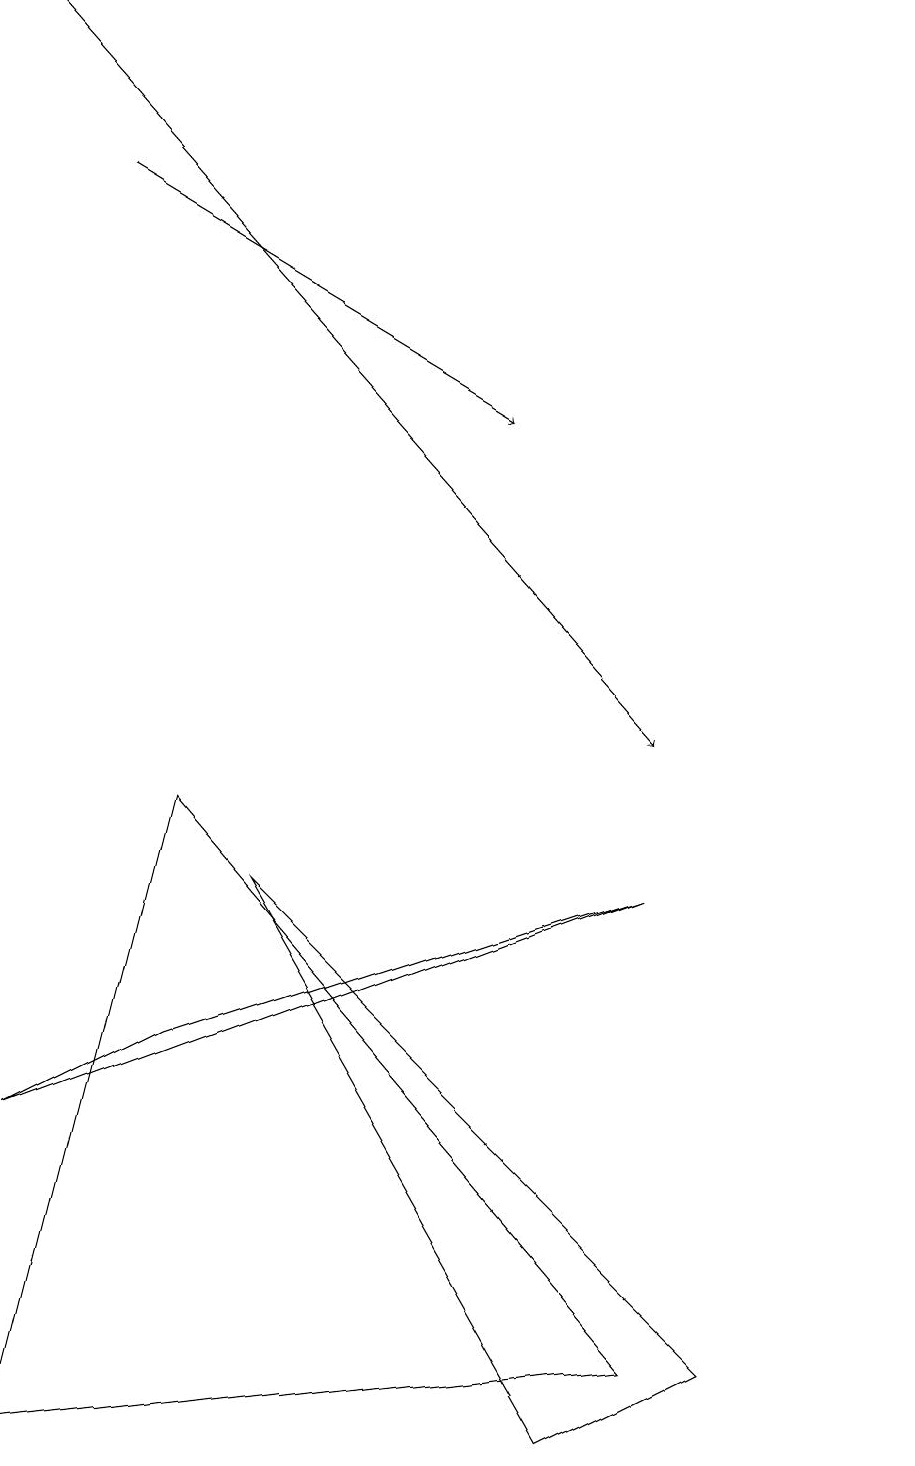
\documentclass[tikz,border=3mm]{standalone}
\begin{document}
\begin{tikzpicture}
\draw (8,2) -- (0,1) -- (2,9) -- cycle;
\draw (8,8) -- (0,5) -- (2,6) -- cycle;
\draw (7,1) -- (9,2) -- (3,8) -- cycle;
\draw (11,11) circle (0);
\draw[->] (0,19) -- (8,10);
\draw[->] (1,17) -- (6,14);
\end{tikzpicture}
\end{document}